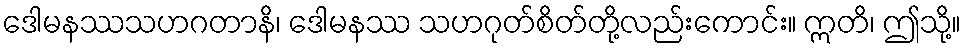
ဒေါမနဿသဟဂတာနိ၊ ဒေါမနဿ သဟဂုတ်စိတ်တို့လည်းကောင်း။ ဣတိ၊ ဤသို့။